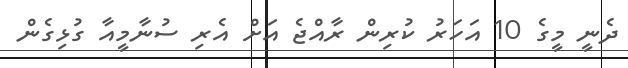
ދެނީ މީގެ 10 އަހަރު ކުރިން ރާއްޖެ އަށް އެރި ސުނާމީއާ ގުޅިގެން